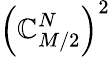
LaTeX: \left(\mathbb{C}_{M/2}^{N}\right)^{2}